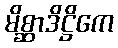
မိစ္ဆာဒိဋ္ဌိကေ